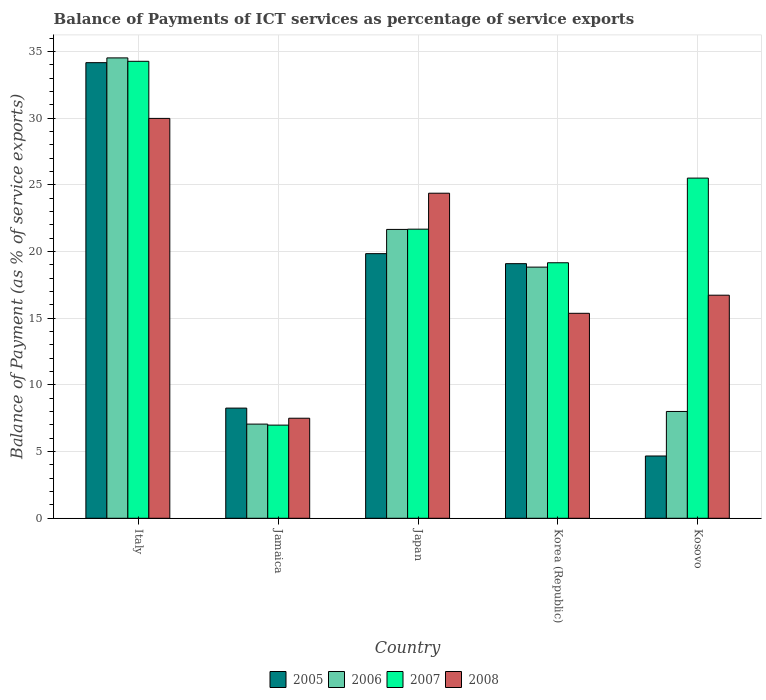
| Country | 2005 | 2006 | 2007 | 2008 |
 | --- | --- | --- | --- | --- |
 | Italy | 34.2 | 34.5 | 34.3 | 30 |
 | Jamaica | 8.26 | 7.06 | 6.99 | 7.5 |
 | Japan | 19.8 | 21.7 | 21.7 | 24.4 |
 | Korea (Republic) | 19.1 | 18.8 | 19.2 | 15.4 |
 | Kosovo | 4.67 | 8.01 | 25.5 | 16.7 |